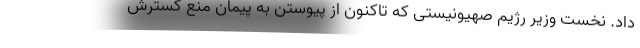
داد. نخست وزیر رژیم صهیونیستی که تاکنون از پیوستن به پیمان منع گسترش